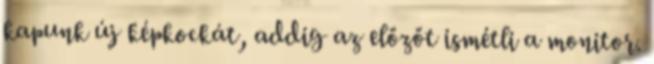
kapunk új képkockát, addig az előzőt ismétli a monitor.